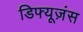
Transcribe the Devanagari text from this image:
डिफ्यूज़ंस